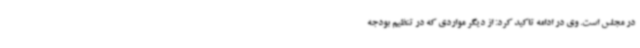
در مجلس است. وی در ادامه تاکید کرد: از دیگر مواردی که در تنظیم بودجه